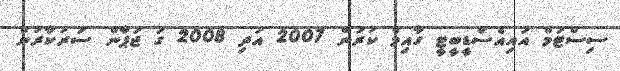
ސިސްޓަމް އައިއެސްޑީބީޓީ ގާއިމް ކުރަން 2007 އަދި 2008 ގަ ޖަޕާން ސަރުކާރުން